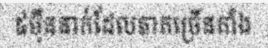
៥ម៉ឺននាក់ដែលភាគច្រើនតាំង